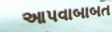
આપવાબાબત